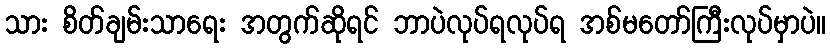
သား စိတ်ချမ်းသာရေး အတွက်ဆိုရင် ဘာပဲလုပ်ရလုပ်ရ အစ်မတော်ကြီးလုပ်မှာပဲ။